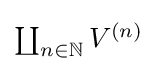
\textstyle \coprod _{n\in \mathbb {N} }V^{(n)}